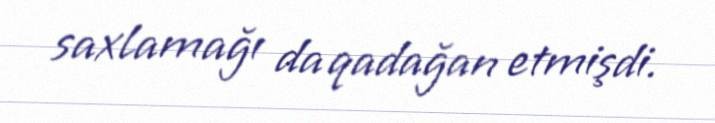
saxlamağı da qadağan etmişdi.